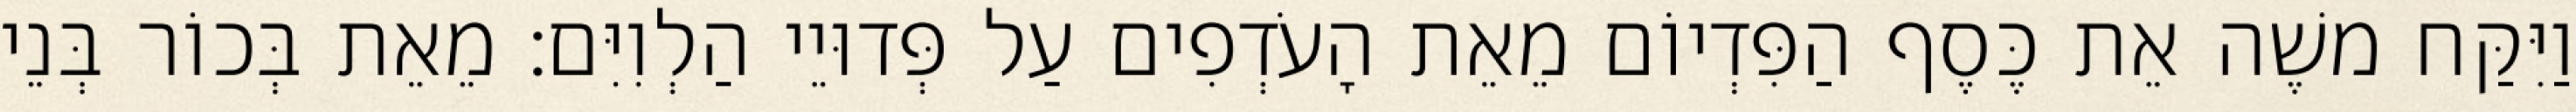
וַיִּקַּח משֶׁה אֵת כֶּסֶף הַפִּדְיוֹם מֵאֵת הָעֹדְפִים עַל פְּדוּיֵי הַלְוִיִּם׃ מֵאֵת בְּכוֹר בְּנֵי